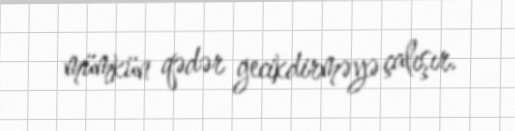
mümkün qədər gecikdirməyə çalışır.